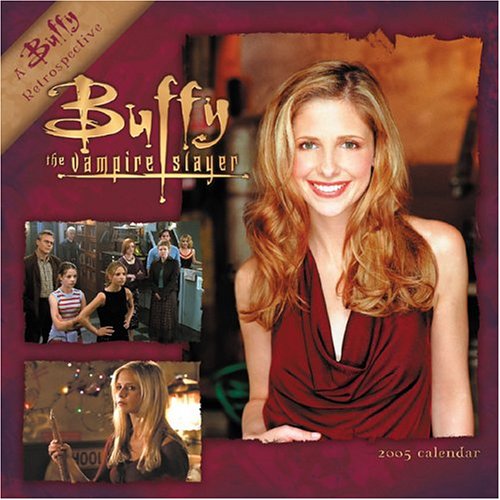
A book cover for Official Buffy Vampire Slayer Calendar 2005 (Calendar); Calendars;